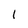
Character: l